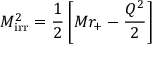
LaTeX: M _ { \mathrm { i r r } } ^ { 2 } = \frac { 1 } { 2 } \left[ M r _ { + } - \frac { Q ^ { 2 } } { 2 } \right]